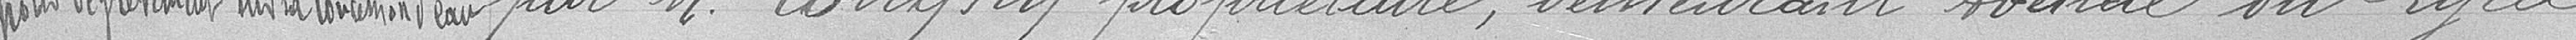
pour dégrèvement sur sa concession d'eau par M. Longhy propriétaire, demeurant avenue du Lycée.